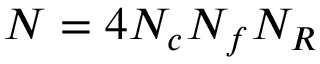
N = 4 N _ { c } N _ { f } N _ { R }